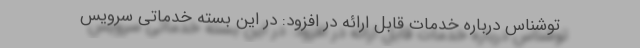
توشناس درباره خدمات قابل ارائه در افزود: در این بسته خدماتی سرویس